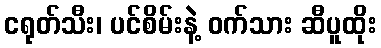
ငရုတ်သီး၊ ပင်စိမ်းနဲ့ ဝက်သား ဆီပူထိုး